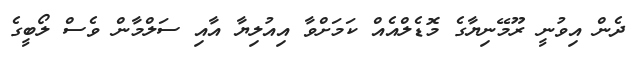
ދެން އިވުނީ ރޫމޭނިޔާގެ މޮޑެލްއެއް ކަމަށްވާ އިއުލިޔާ އާއި ސަލްމާން ވެސް ލޯބީގެ